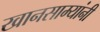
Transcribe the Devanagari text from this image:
खानसाम्यांनी